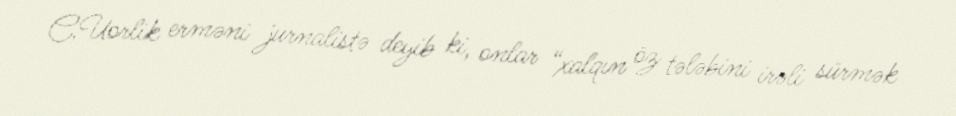
C.Uorlik erməni jurnalistə deyib ki, onlar “xalqın öz tələbini irəli sürmək